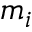
m _ { i }